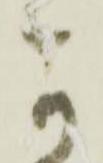
可